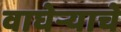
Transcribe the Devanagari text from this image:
वाघेऱ्याचे